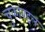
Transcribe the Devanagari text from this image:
चुकांबद्दल